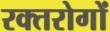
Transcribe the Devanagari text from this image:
रक्तरोगों